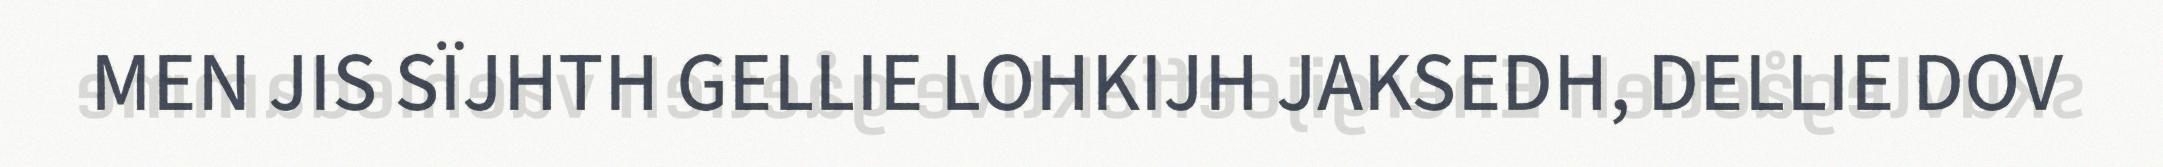
MEN JIS SÏJHTH GELLIE LOHKIJH JAKSEDH, DELLIE DOV